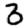
Digit: 3